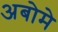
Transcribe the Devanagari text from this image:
अबोमे